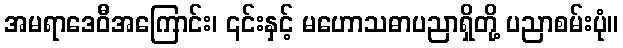
အမရာဒေဝီအကြောင်း၊ ၎င်းနှင့် မဟောသဓာပညာရှိတို့ ပညာစမ်းပုံ။